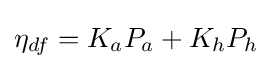
\eta _{df}=K_{a}P_{a}+K_{h}P_{h}